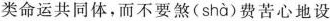
类命运共同体，而不要煞( shà )费苦心地设